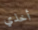
أخذي